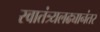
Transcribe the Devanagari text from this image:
स्वातंत्र्यलढ्यानंतर